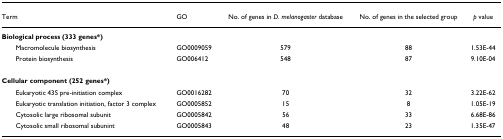
<table><thead><tr><td><b>Term</b></td><td><b>GO</b></td><td><b>No. of genes in <i>D. melanogaster </i>database</b></td><td><b>No. of genes in the selected group</b></td><td><b><i>p </i>value</b></td></tr></thead><tbody><tr><td><b>Biological process (333 genes*)</b></td><td></td><td></td><td></td><td></td></tr><tr><td> Macromolecule biosynthesis</td><td>GO0009059</td><td>579</td><td>88</td><td>1.53E-44</td></tr><tr><td> Protein biosynthesis</td><td>GO006412</td><td>548</td><td>87</td><td>9.10E-04</td></tr><tr><td><b>Cellular component (252 genes*)</b></td><td></td><td></td><td></td><td></td></tr><tr><td> Eukaryotic 43S pre-initiation complex</td><td>GO0016282</td><td>70</td><td>32</td><td>3.22E-62</td></tr><tr><td> Eukaryotic translation initiation, factor 3 complex</td><td>GO0005852</td><td>15</td><td>8</td><td>1.05E-19</td></tr><tr><td> Cytosolic large ribosomal subunit</td><td>GO0005842</td><td>56</td><td>33</td><td>6.68E-86</td></tr><tr><td> Cytosolic small ribosomal subunint</td><td>GO0005843</td><td>48</td><td>23</td><td>1.35E-47</td></tr></tbody></table>